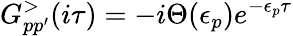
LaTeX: G_{pp^{\prime}}^{>}(i\tau)=-i\Theta(\epsilon_{p})e^{-\epsilon_{p}\tau}